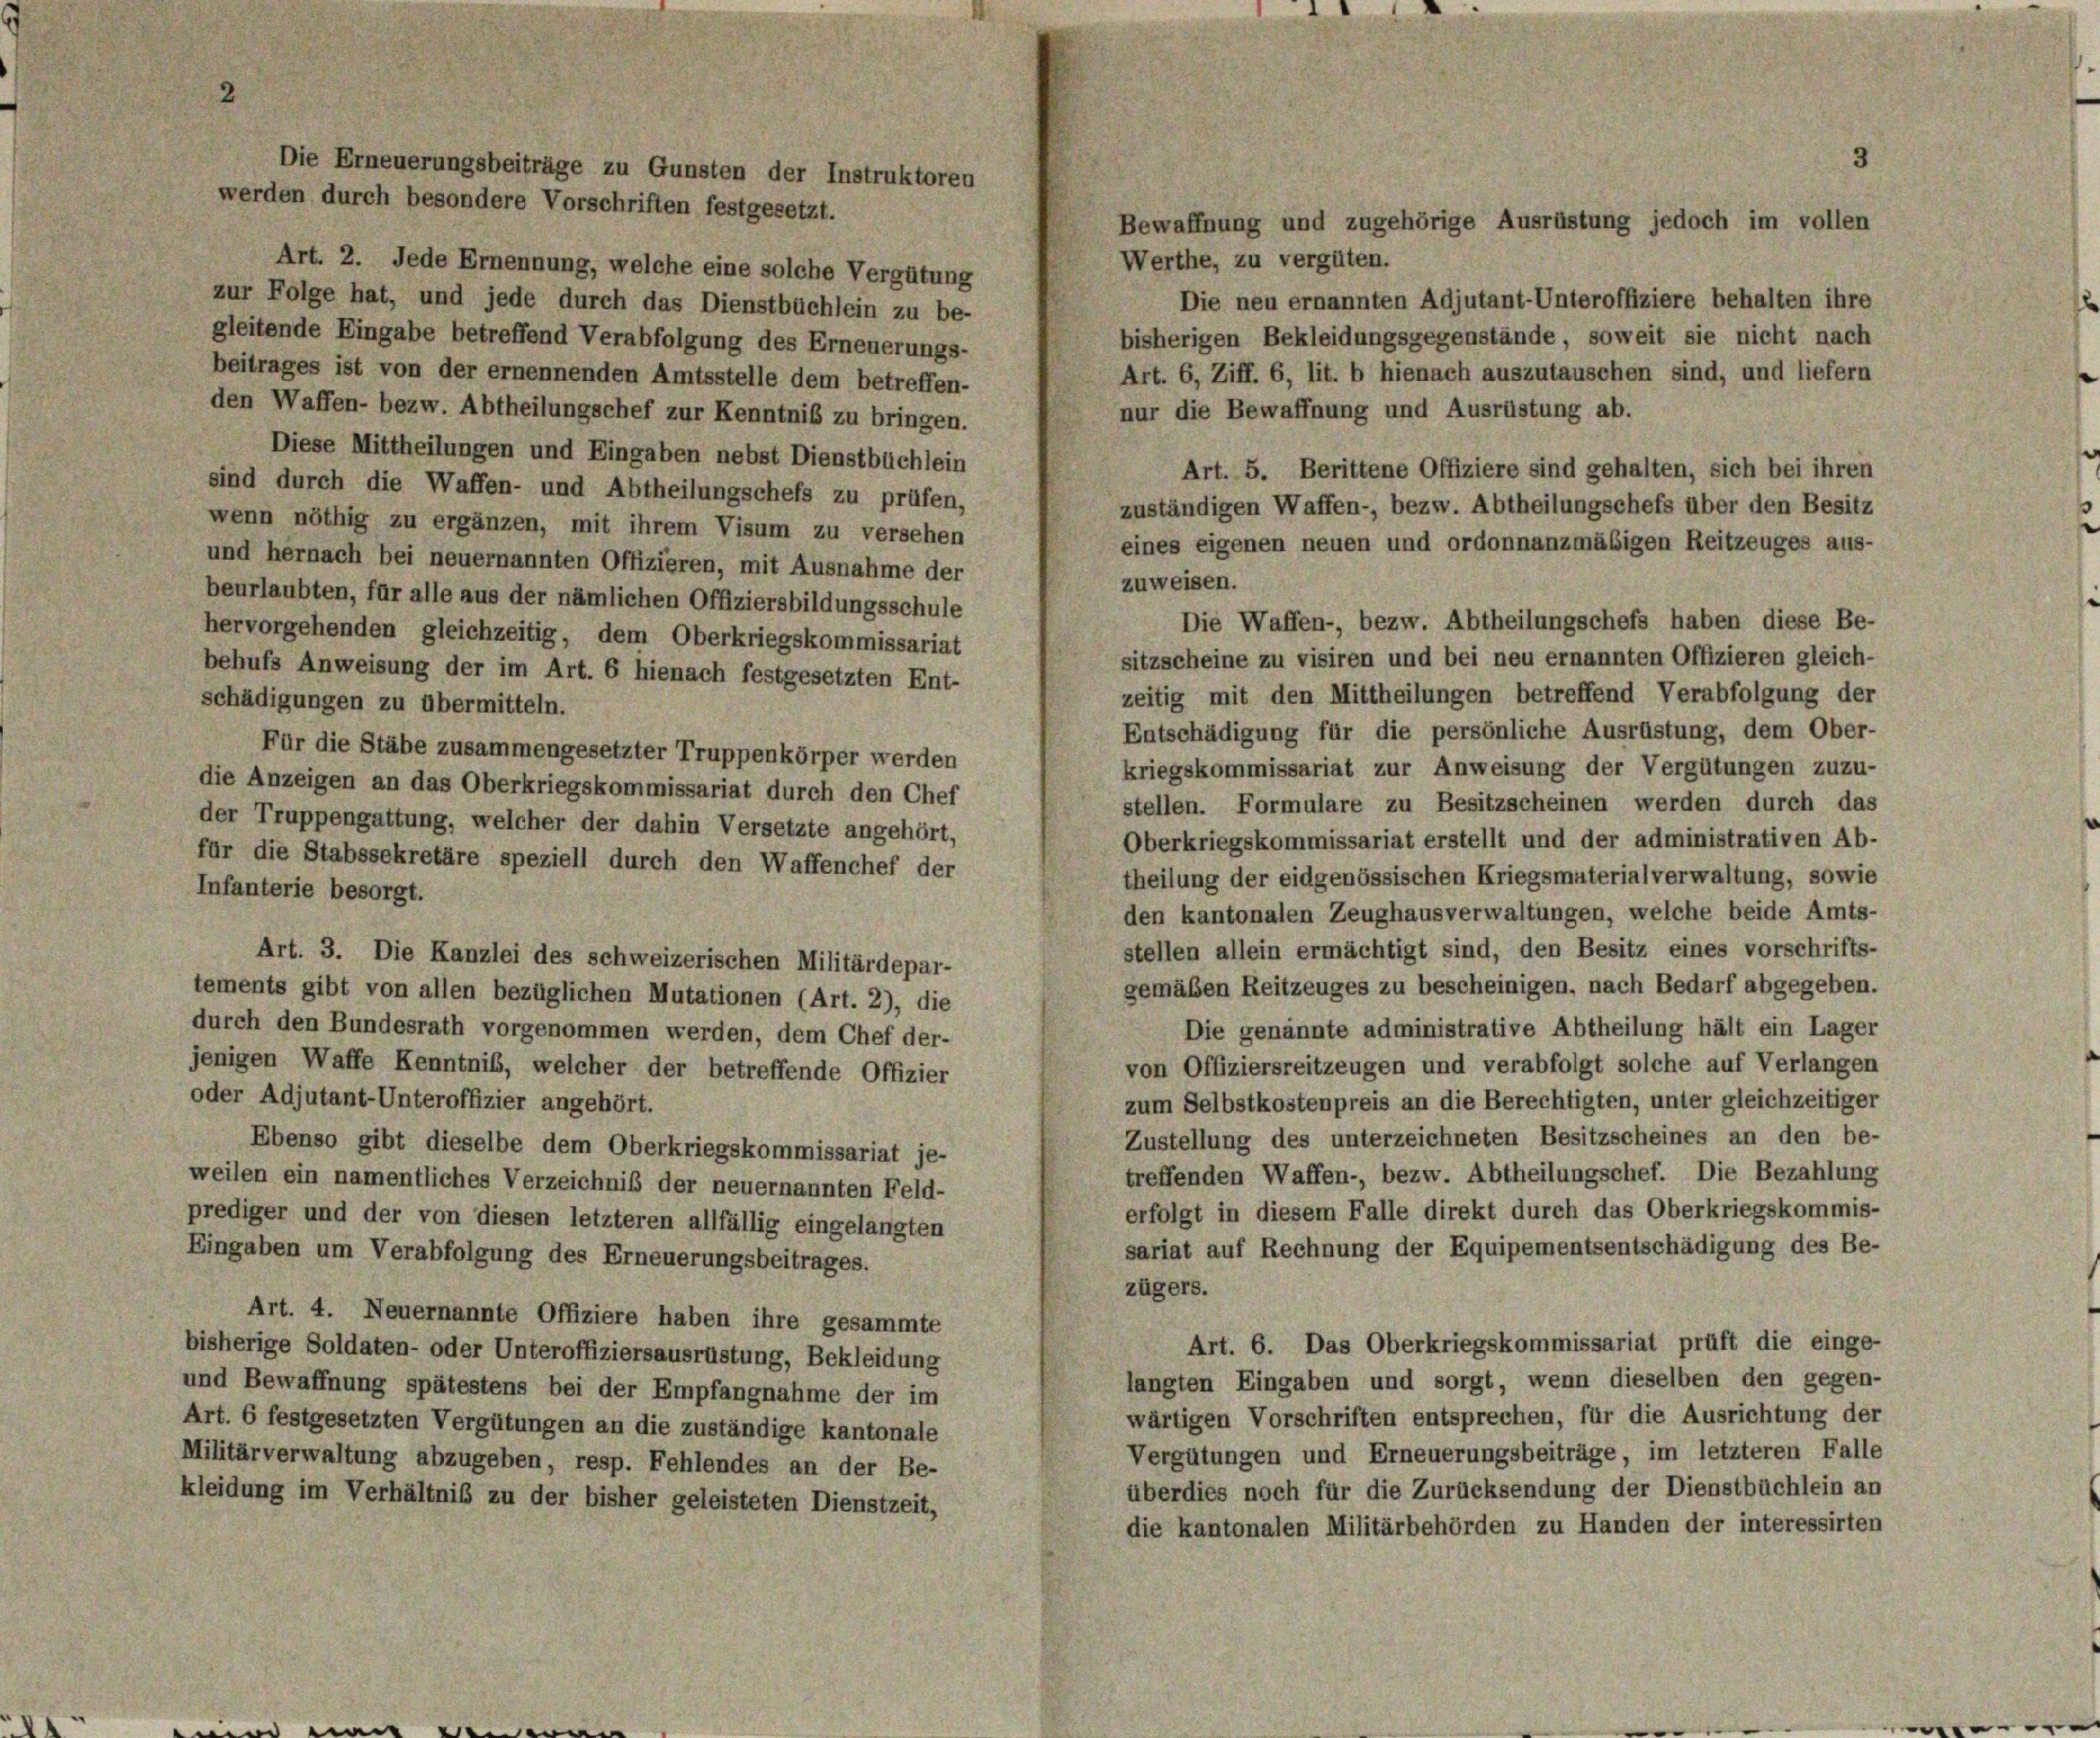
Die Erneuerungsbeiträge zu Gunsten der Instruktoren
werden durch besondere Vorschriften festgesetzt.

Werthe, zu vergüten.
Art. 2. Jede Ernennung, welche eine solche Vergütung
Die neu ernannten Adjutant-Unteroffiziere behalten ihre
zur Folge hat, und jede durch das Dienstbüchlein zu be-
bisherigen Bekleidungsgegenstände, soweit sie nicht nach
gleitende Eingabe betreffend Verabfolgung des Erneuerungs-
beitrages ist von der ernennenden Amtsstelle dem betreffen-
Art. 6, Ziff. 6, lit. b hienach auszutauschen sind, und liefern
den Waffen- bezw. Abtheilungschef zur Kenntniß zu bringen.
nur die Bewaffnung und Ausrüstung ab.
Diese Mittheilungen und Eingaben nebst Dienstbüchlein
Art. 5. Berittene Offiziere sind gehalten, sich bei ihren
sind durch die Waffen- und Abtheilungschefs zu prüfen,
zuständigen Waffen-, bezw. Abtheilungschefs über den Besitz
wenn nöthig zu ergänzen, mit ihrem Visum zu versehen
eines eigenen neuen und ordonnanzmäßigen Reitzeuges aus-
und hernach bei neuernannten Offizieren, mit Ausnahme der
zuweisen.
beurlaubten, für alle aus der nämlichen Offiziersbildungsschule
Die Waffen-, bezw. Abtheilungschefs haben diese Be-
hervorgehenden gleichzeitig, dem Oberkriegskommissariat
sitzscheine zu visiren und bei neu ernannten Offizieren gleich-
behufs Anweisung der im Art. 6 hienach festgesetzten Ent-
zeitig mit den Mittheilungen betreffend Verabfolgung der
schädigungen zu übermitteln.
Entschädigung für die persönliche Ausrüstung, dem Ober-
Für die Stäbe zusammengesetzter Truppenkörper werden
kriegskommissariat zur Anweisung der Vergütungen zuzu-
die Anzeigen an das Oberkriegskommissariat durch den Chef
stellen. Formulare zu Besitzscheinen werden durch das
der Truppengattung, welcher der dahin Versetzte angehört,
Oberkriegskommissariat erstellt und der administrativen Ab-
für die Stabssekretäre speziell durch den Waffenchef der
theilung der eidgenössischen Kriegsmaterialverwaltung, sowie
Infanterie besorgt.
den kantonalen Zeughausverwaltungen, welche beide Amts-
stellen allein ermächtigt sind, den Besitz eines vorschrifts-
Art. 3. Die Kanzlei des schweizerischen Militärdepar-
gemäßen Reitzeuges zu bescheinigen, nach Bedarf abgegeben.
tements gibt von allen bezüglichen Mutationen (Art. 2), die
Die genannte administrative Abtheilung hält ein Lager
durch den Bundesrath vorgenommen werden, dem Chef der-
von Offiziersreitzeugen und verabfolgt solche auf Verlanger
jenigen Waffe Kenntnis, welcher der betreffende Offizier
oder Adjutant-Unteroffizier angehört.
zum Selbstkostenpreis an die Berechtigten, unter gleichzeitiger
Zustellung des unterzeichneten Besitzscheines an den be-
Ebenso gibt dieselbe dem Oberkriegskommissariat je-
treffenden Waffen-, bezw. Abtheilungschef. Die Bezahlung
weilen ein namentliches Verzeichniß der neuernannten Feld-
erfolgt in diesem Falle direkt durch das Oberkriegskommis-
prediger und der von diesen letzteren allfällig eingelangten
sariat auf Rechnung der Equipementsentschädigung des Be-
Eingaben um Verabfolgung des Erneuerungsbeitrages.
zügers.
Art. 4. Neuernannte Offiziere haben ihre gesammte
Art. 6. Das Oberkriegskommissariat prüft die einge-
bisherige Soldaten- oder Unteroffiziersausrüstung, Bekleidung
langten Eingaben und sorgt, wenn dieselben den gegen-
und Bewaffnung spätestens bei der Empfangnahme der im
wärtigen Vorschriften entsprechen, für die Ausrichtung der
Art. 6 festgesetzten Vergütungen an die zuständige kantonale
Vergütungen und Erneuerungsbeiträge, im letzteren Falle
Militärverwaltung abzugeben, resp. Fehlendes an der Be-
überdies noch für die Zurücksendung der Dienstbüchlein an
kleidung im Verhältniß zu der bisher geleisteten Dienstzeit,
die kantonalen Militärbehörden zu Handen der interessirten

Bewaffnung und zugehörige Ausrüstung jedoch im vollen